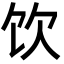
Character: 饮